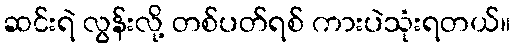
ဆင်းရဲ လွန်းလို့ တစ်ပတ်ရစ် ကားပဲသုံးရတယ်။